Report on vaccination in Madras 1904-1921 - 1904-1921
Year: 1904
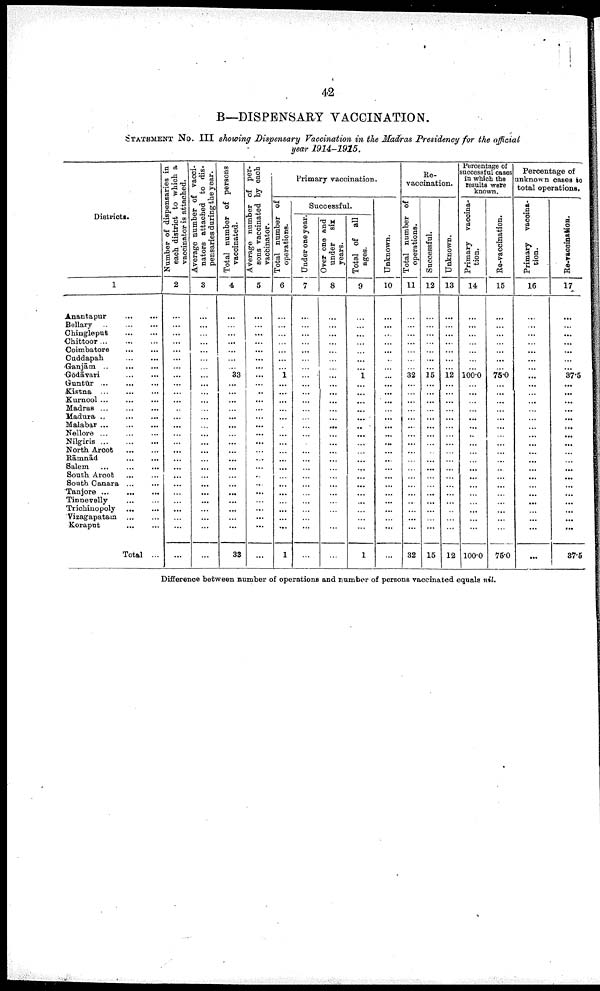
42
B—DISPENSARY VACCINATION.
STATEMENT NO. III showing Dispensary Vaccination in the Madras Presidency for the official
year 1914-1915.
Districts.
1
Anantapur
...
...
Bellary
...
...
...
Chingleput
...
...
Chittoor
...
...
...
Coimbatore
... ...
Cuddapah
...
...
Ganjām
...
...
Gōdāvari
...
...
Guntūr ...
...
...
Kistna
...
...
...
Kurnool
...
...
...
Madras
...
...
...
Madura
...
...
...
Malabar
...
...
...
Nellore
...
...
...
Nilgiris
...
...
...
North Arcot
...
...
Rāmnād
...
...
Salem
...
...
...
South Arcot
... ...
South Canara
...
...
Tanjore
...
...
...
Tinnevelly
...
...
Trichinopoly
...
...
Vizagapatam
...
...
Koraput
...
...
Total ...
Number of dispensaries in
each district to which a
vaccinator is attached.
2
...
...
...
...
...
...
...
...
...
...
...
...
...
...
...
...
...
...
...
...
...
...
...
...
...
...
...
Average number of vacci
nators attached to dis
pensaries during the year.
3
...
...
...
...
...
...
...
...
...
...
...
...
...
...
...
...
...
...
...
...
...
...
...
...
...
...
...
Total number of persons
vaccinated.
4
...
...
...
...
...
...
...
33
...
...
...
...
...
...
...
...
...
...
...
...
...
...
...
...
...
...
33
Average number of per
sons vaccinated by each
vaccinator.
5
...
...
...
...
...
...
...
...
...
...
...
...
...
...
...
...
...
...
...
...
...
...
...
...
...
...
Primary vaccination.
Total number of
operations.
6
...
...
...
...
...
...
...
1
...
...
...
...
...
...
...
...
...
...
...
...
...
...
...
...
...
...
1
Successful.
Under one year.
7
...
...
...
...
...
...
...
...
...
...
...
...
...
...
...
...
...
...
...
...
...
...
...
...
...
...
...
Over one and
under
six
years.
8
...
...
...
...
...
...
...
...
...
...
...
...
...
...
...
...
...
...
...
...
...
...
...
...
...
...
...
Total of all
ages.
9
...
...
...
...
...
...
...
1
...
...
...
...
...
...
...
...
...
...
...
...
...
...
...
...
...
...
1
Unknown.
10
...
...
...
...
...
...
...
...
...
...
...
...
...
...
...
...
...
...
...
...
...
...
...
...
...
...
...
Re-
vaccination.
Total number of
operations.
11
...
...
...
...
...
...
...
32
...
...
...
...
...
...
...
...
...
...
...
...
...
...
...
...
...
...
32
Successful.
12
...
...
...
...
...
...
...
15
...
...
...
...
...
...
...
...
...
...
...
...
...
...
...
...
...
...
15
Unknown.
13
...
...
...
...
...
...
...
12
...
...
...
...
...
...
...
...
...
...
...
...
...
...
...
...
...
...
12
Percentage of
successful cases
in which the
results were
known.
Primary
vaccina¬
tion.
14
...
...
...
...
...
...
...
100.0
...
...
...
...
...
...
...
...
...
...
...
...
...
...
...
...
...
...
100.0
Re-vaccination.
15
...
...
...
...
...
...
...
75.0
...
...
...
...
...
...
...
...
...
...
...
...
...
...
...
...
...
...
75.0
Percentage of
unknown cases to
total operations.
Primary vaccina
tion.
16
...
...
...
...
...
...
...
...
...
...
...
...
...
...
...
...
...
...
...
...
...
...
...
...
...
...
...
Re-vaccination.
17
...
...
...
...
...
...
...
37.5
...
...
...
...
...
...
...
...
...
...
...
...
...
...
...
...
...
...
37.5
Difference between number of operations and number of persons vaccinated equals nil.